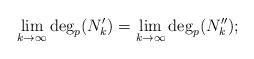
LaTeX: \begin{align*}\lim_{k\to\infty}\deg_p(N_k')=\lim_{k\to\infty}\deg_p(N_k'');\end{align*}